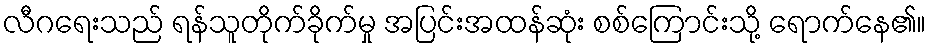
လီဂရေးသည် ရန်သူတိုက်ခိုက်မှု အပြင်းအထန်ဆုံး စစ်ကြောင်းသို့ ရောက်နေ၏။